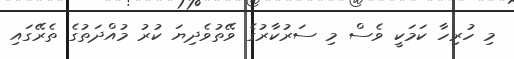
މި ހުރިހާ ކަމަކީ ވެސް މި ސަރުކާރުގެ ވޭތުވެދިޔަ ކުރު މުއްދަތުގެ ތެރޭގައި